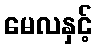
မေလနှင့်